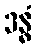
ဒန္ဓံ